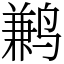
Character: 鹣